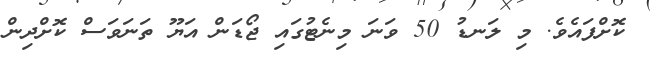
ކޮށްފައެވެ. މި ލަނޑު 50 ވަނަ މިނެޓުގައި ޖޯޑަން އަޔޫ ތަނަވަސް ކޮށްދިން